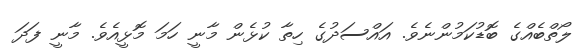
ލޯތްބެއްގެ ބޮޑުކަމުންނެވެ. އައްސަދުގެ ހިތާ ކުޅެން މާނީ ހަމަ މޮޅީއެވެ. މާނީ ފަދަ